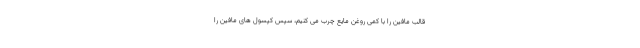
قالب مافین را با کمی روغن مایع چرب می کنیم، سپس کپسول های مافین را